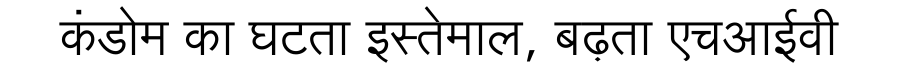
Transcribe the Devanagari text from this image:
कंडोम का घटता इस्तेमाल, बढ़ता एचआईवी